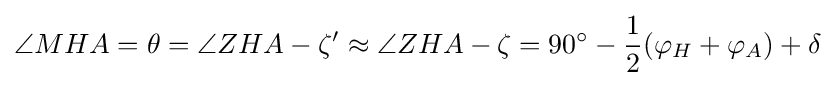
\angle MHA=\theta =\angle ZHA-\zeta '\approx \angle ZHA-\zeta =90^{\circ }-{\frac {1}{2}}(\varphi _{H}+\varphi _{A})+\delta